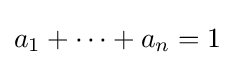
a_{1}+\cdots +a_{n}=1